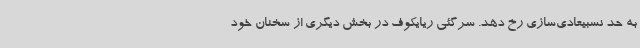
به حد نسبیعادی‌سازی رخ دهد. سرگئی ریایکوف در بخش دیگری از سخنان خود